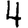
Digit: 4